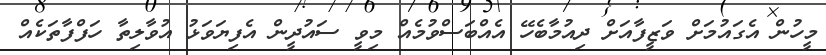
މީހުން އެގައުމަށް ވަޒީފާއަށް ދިއުމާބެހޭ އެއްބަސްވުމެއް މިވީ ސައުދީން އެފިޔަވަޅު އުވާލިތާ ހަފްފާތަކެއް